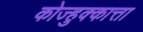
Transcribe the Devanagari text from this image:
कोज्हुक्कात्ता